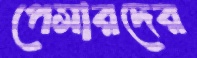
পেসারদের